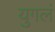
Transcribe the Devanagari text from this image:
युगलं